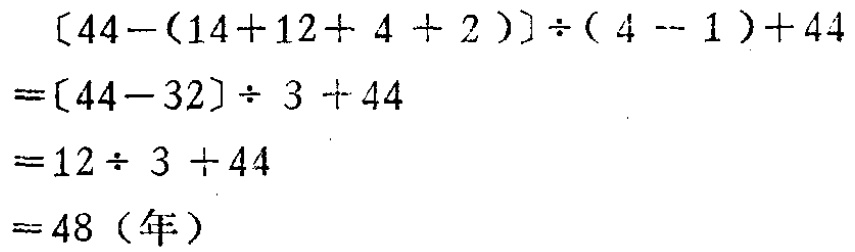
\[

\begin{align*}

&[44-(14 + 12 + 4 + 2)]\div(4 - 1)+44\\

=&[44 - 32]\div3+44\\

=&12\div3+44\\

=&48 (\text{年})

\end{align*}

\]